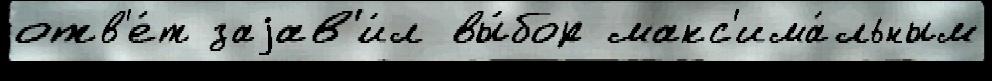
отв'е́т заjав'и́л вы́бор макс'има́льным